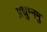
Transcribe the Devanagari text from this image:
प्रद्युम्नमु